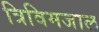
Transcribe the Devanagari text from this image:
त्रिविमजाल